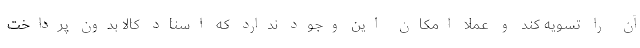
آن را تسویه کند و عملا امکان این وجود ندارد که اسناد کالا بدون پرداخت